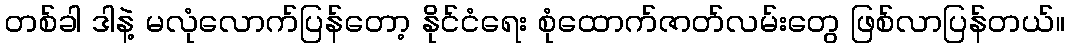
တစ်ခါ ဒါနဲ့ မလုံလောက်ပြန်တော့ နိုင်ငံရေး စုံထောက်ဇာတ်လမ်းတွေ ဖြစ်လာပြန်တယ်။